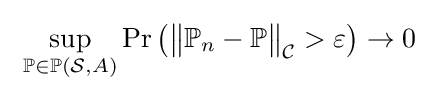
\ \sup _{\mathbb {P} \in \mathbb {P} ({\mathcal {S}},A)}\Pr \left({\bigl \|}\mathbb {P} _{n}-\mathbb {P} {\bigr \|}_{\mathcal {C}}>\varepsilon \right)\to 0\